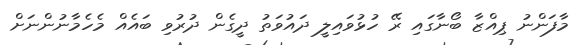
މާފަންނު ޕިއްޒާ ބޯނާގައި ރޭ ހުޅުވައިލީ ދައުވަތު ދީގެން ދުރުވި ބައެއް މެހެމާނުންނަށް